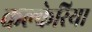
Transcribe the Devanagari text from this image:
कल्केरिया